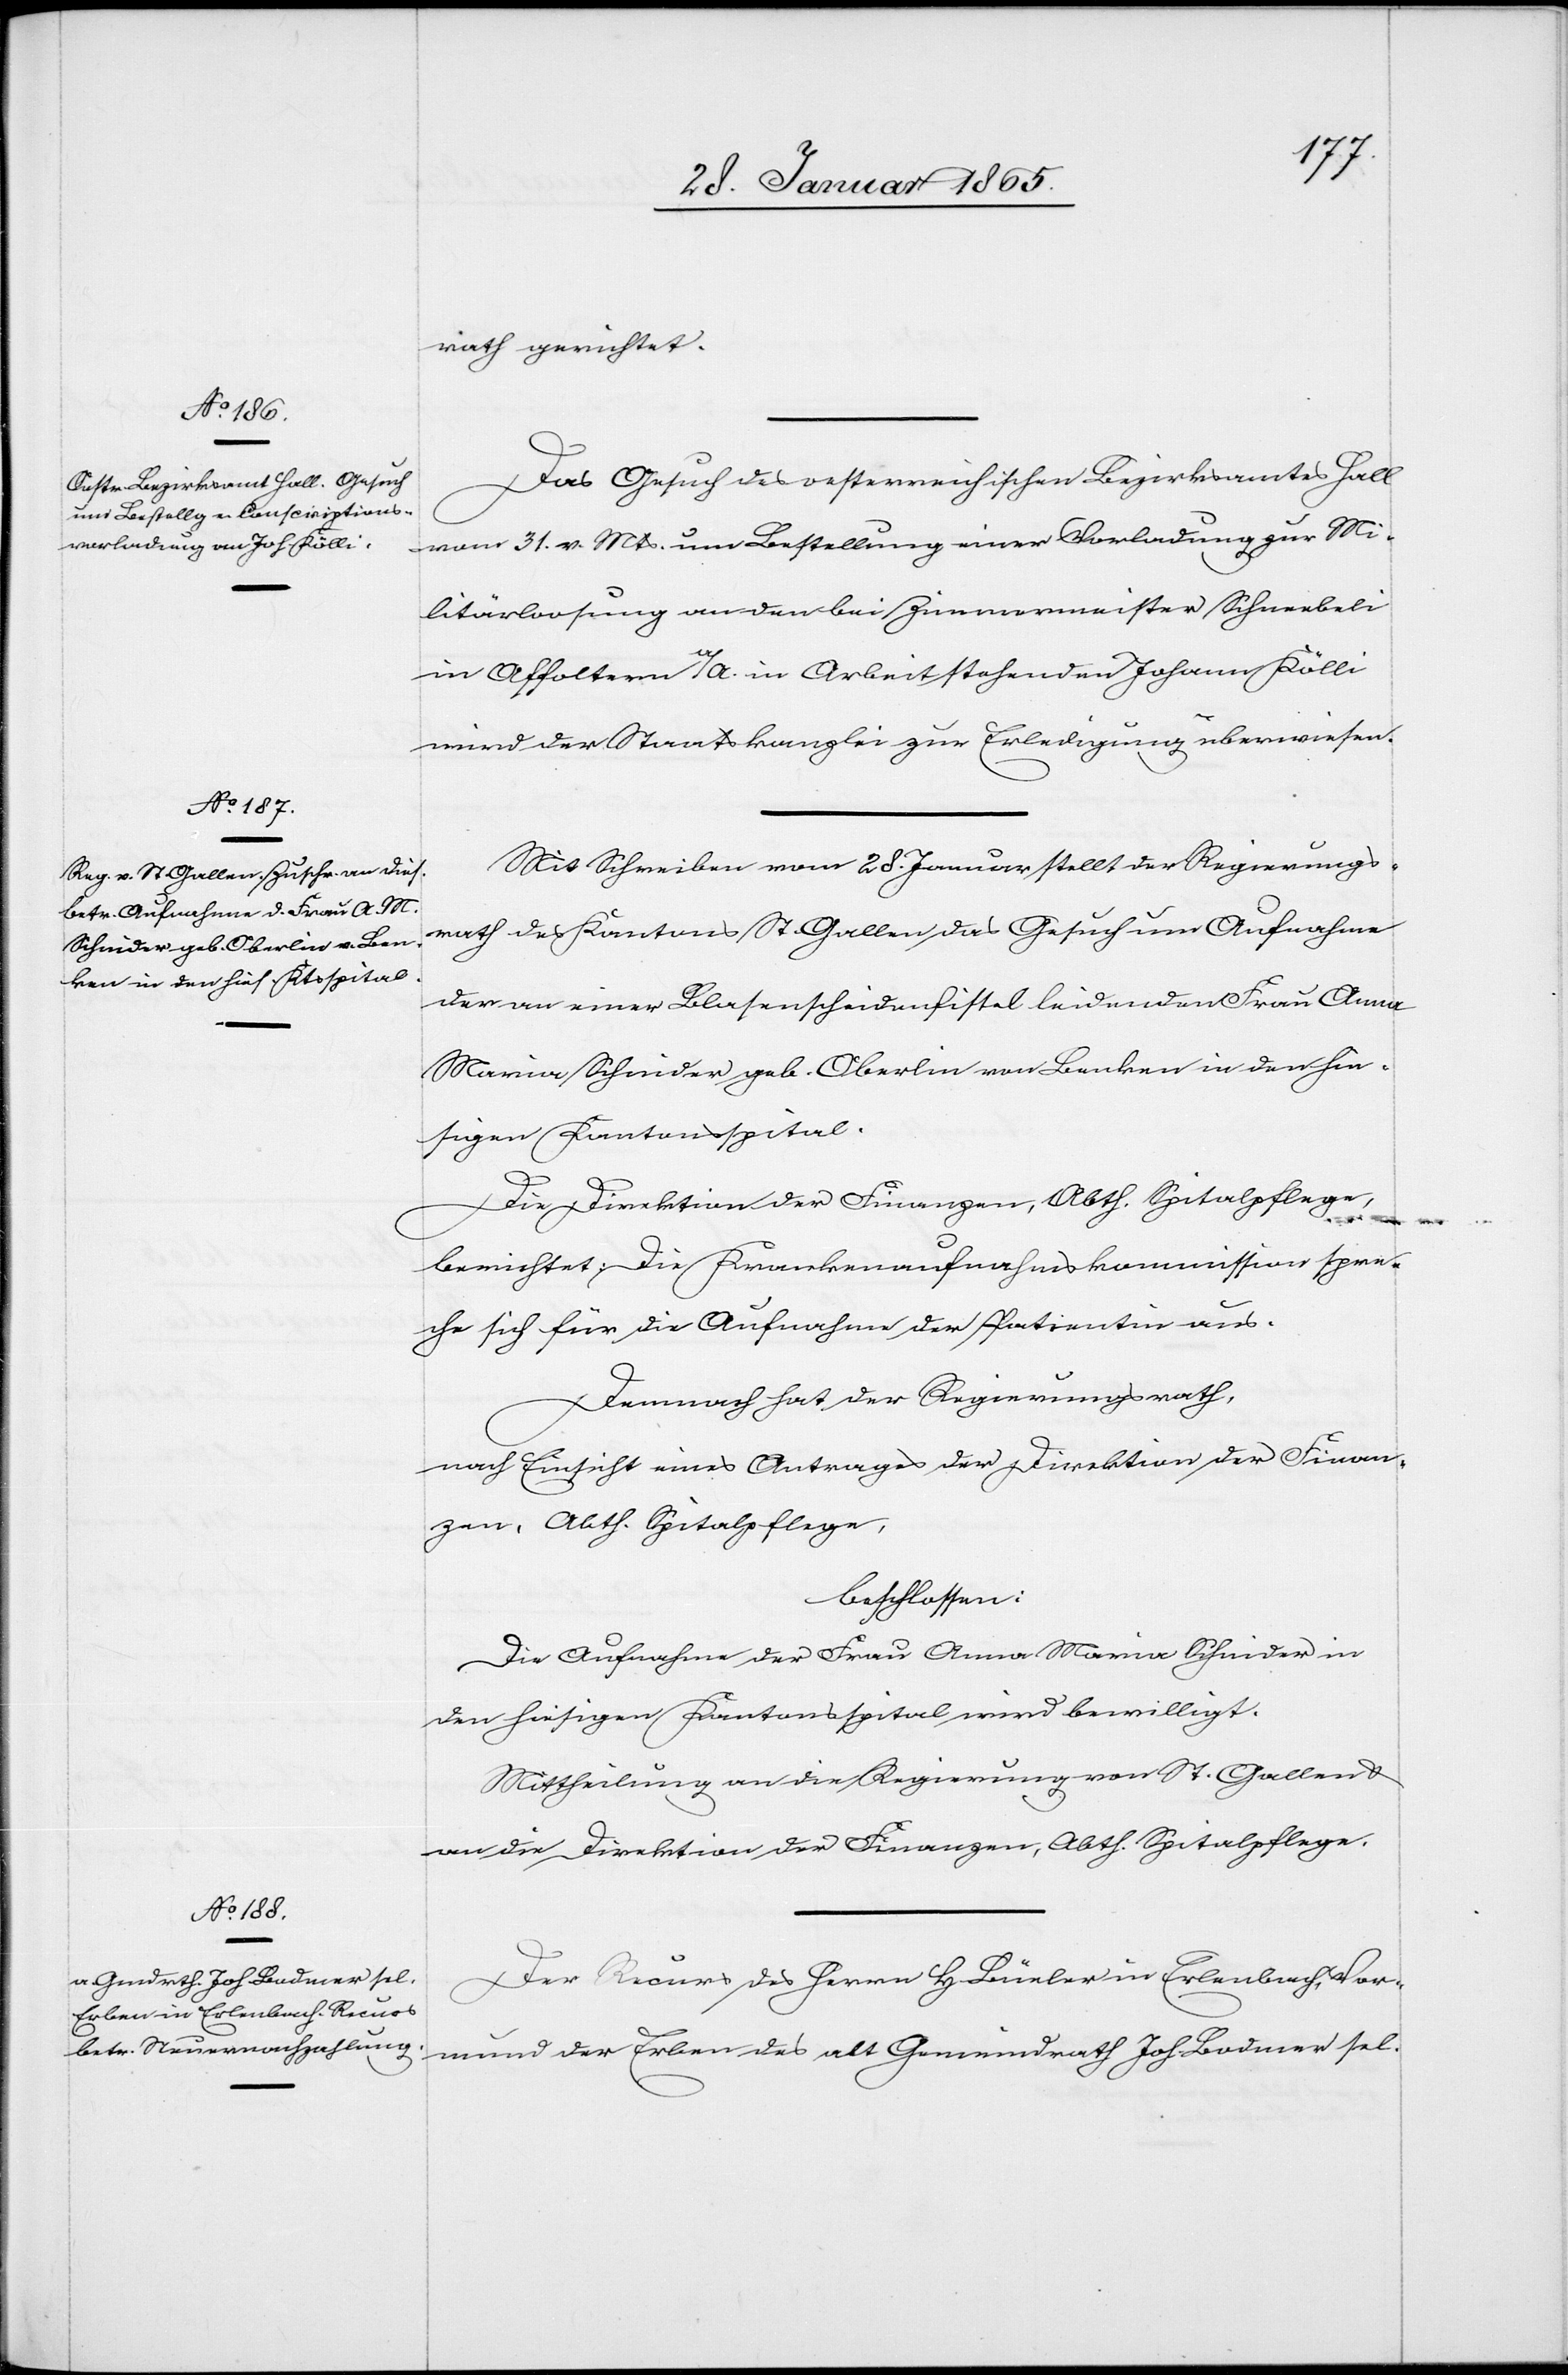
rath gerichtet.
Das Gesuch des oesterreichischen Bezirksamtes Hall
vom 31. v. Mts. um Bestellung einer Vorladung zur Mi¬
litärloosung an den bei Zimmermeister Schneebeli
in Affoltern a/A. in Arbeit stehenden Johann Kölli
wird der Staatskanzlei zur Erledigung überwiesen.
Mit Schreiben vom 28. Januar stellt der Regierungs¬
rath des Kantons St. Gallen das Gesuch um Aufnahme
der an einer Blasenscheidenfistel leidenden Frau Anna
Maria Schnider geb. Oberlin von Benken in den hie¬
sigen Kantonsspital.
Die Direktion der Finanzen, Abth. Spitalpflege,
berichtet: Die Krankenaufnahmskommission spre¬
che sich für die Aufnahme der Patientin aus.
Demnach hat der Regierungsrath,
nach Einsicht eines Antrages der Direktion der Finan¬
zen, Abth. Spitalpflege,
beschlossen:
Die Aufnahme der Frau Anna Maria Schnider in
den hiesigen Kantonsspital wird bewilligt.
Mittheilung an die Regierung von St. Gallen u.
an die Direktion der Finanzen, Abth. Spitalpflege.
Der Recurs des Herrn H. Büeler in Erlenbach, Vor¬
mund der Erben des alt Gemeindrath Joh. Bodmer sel.

2.